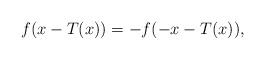
LaTeX: \begin{align*}f(x-T(x)) = - f(-x-T(x)),\end{align*}